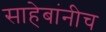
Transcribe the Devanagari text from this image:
साहेबांनीच